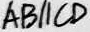
A B / / C D